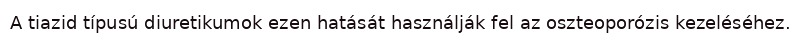
A tiazid típusú diuretikumok ezen hatását használják fel az oszteoporózis kezeléséhez.